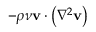
- \rho \nu \mathbf { v } \cdot \left( \nabla ^ { 2 } \mathbf { v } \right)